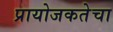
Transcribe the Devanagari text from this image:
प्रायोजकतेचा